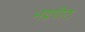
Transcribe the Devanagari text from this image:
भद्रपीठ